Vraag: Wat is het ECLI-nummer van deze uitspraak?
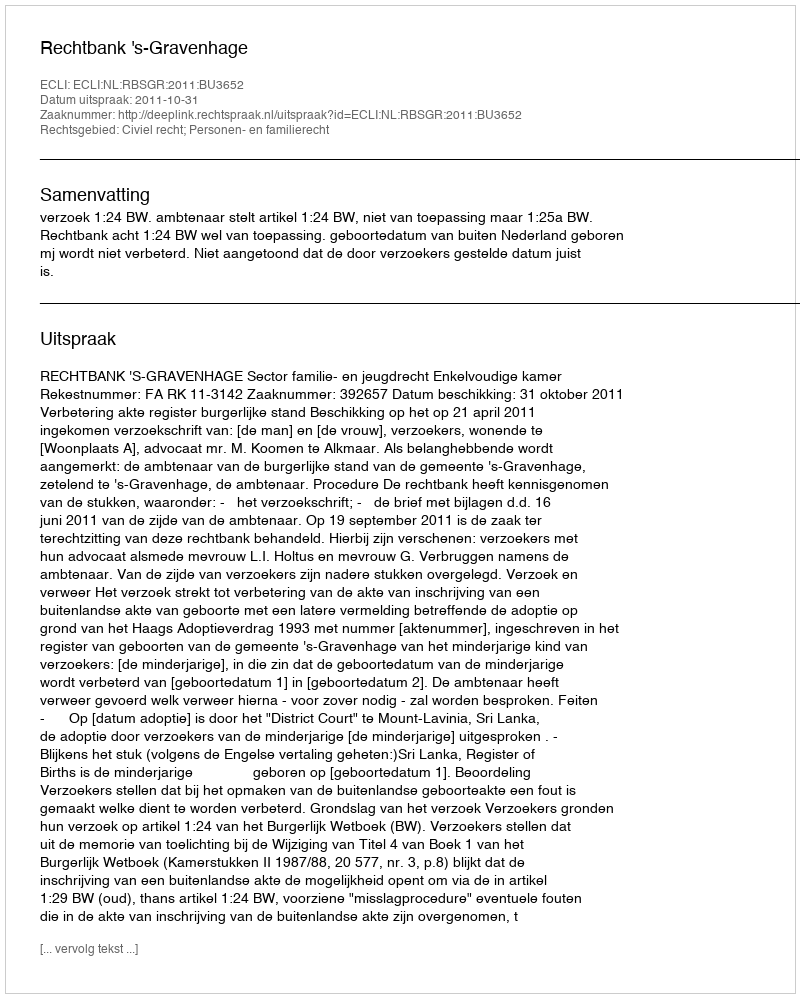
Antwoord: ECLI:NL:RBSGR:2011:BU3652